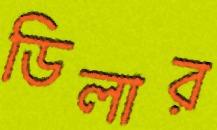
ডিলার